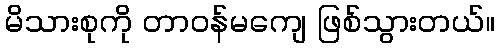
မိသားစုကို တာဝန်မကျေ ဖြစ်သွားတယ်။